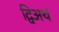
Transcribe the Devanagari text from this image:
द्विअर्थ